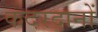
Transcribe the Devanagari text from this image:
कदरदानों